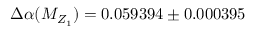
\Delta \alpha ( M _ { Z _ { 1 } } ) = 0 . 0 5 9 3 9 4 \pm 0 . 0 0 0 3 9 5